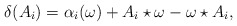
\begin{align*}\delta (A_i)=\alpha _i(\omega)+ A_i\star \omega-\omega\star A_i,\end{align*}